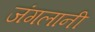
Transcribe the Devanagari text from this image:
जंगलानी